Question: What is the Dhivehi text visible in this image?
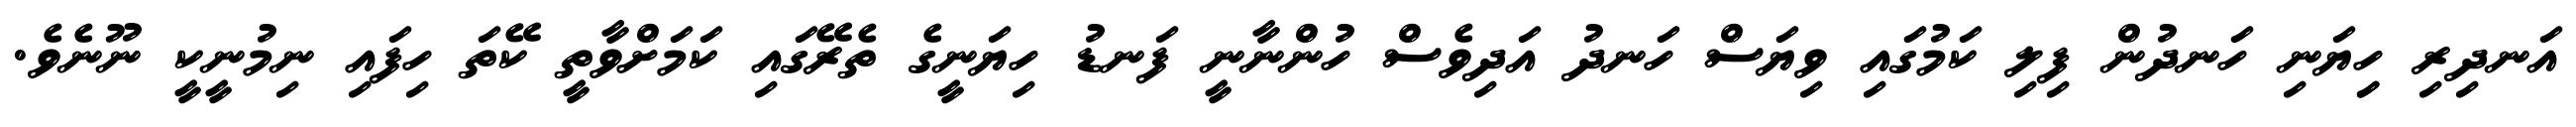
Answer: އަނދިރި ހިިޔަނި ހަނދުން ފިލި ކަމުގައި ވިޔަސް ހަނދު އަދިވެސް ހުންނާނީ ފަނޑު ހިޔަނީގެ ތެރޭގައި ކަމަށްވާތީ ކޭތަ ހިފައި ނިމުނީކީ ނޫނެވެ.